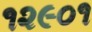
૧૨૯૦૧